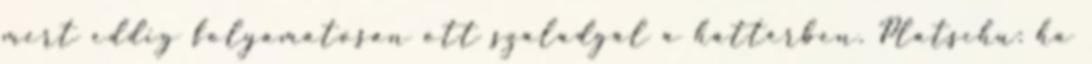
mert eddig folyamatosan ott szaladgál a háttérben. Platschu: ha